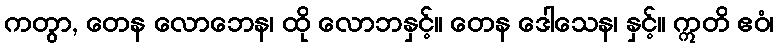
ကတွာ, တေန လောဘေန၊ ထို လောဘနှင့်။ တေန ဒေါသေန၊ နှင့်။ ဣတိ ဧဝံ၊